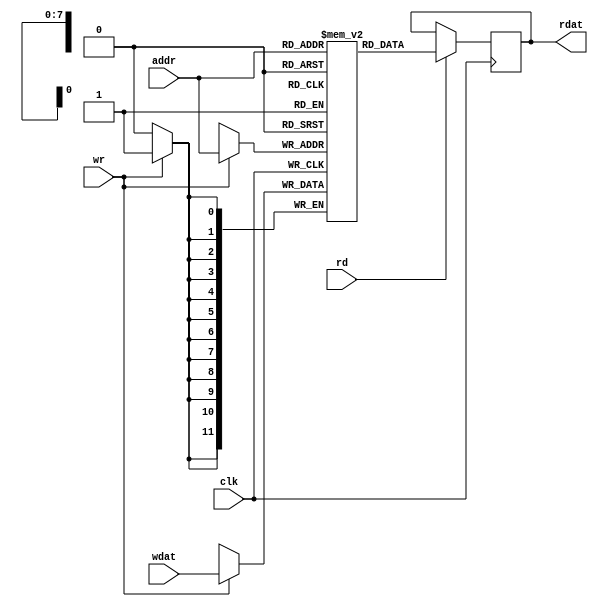
module sramb(/*AUTOARG*/
  // Outputs
  rdat,
  // Inputs
  addr, wdat, rd, wr, clk
  );

  // --------------------------------------------------------------------------
  parameter DBITS = 12;
  parameter DEPTH = 256;

  // --------------------------------------------------------------------------
  localparam ABITS = $clog2(DEPTH);

  // --------------------------------------------------------------------------
  // inputs
  input  [ABITS-1:0]  addr;
  input  [DBITS-1:0]  wdat;
  input               rd;
  input               wr;
  input               clk;

  // outputs
  output [DBITS-1:0] rdat;

`ifndef ALTERA_FPGA

  // --------------------------------------------------------------------------
  reg [DBITS-1:0]    mem [0:DEPTH-1];
  reg [DBITS-1:0]    Q;

  // --------------------------------------------------------------------------
  always @(posedge clk) begin
    if (wr) begin
      mem[addr] <= wdat;
    end
  end

  // --------------------------------------------------------------------------
  always @(posedge clk) begin
    if (rd) begin
      Q <= mem[addr];
    end
  end

  assign rdat = Q;

`else

  altera_sp_rd_ram #(.A_WIDTH  ( ABITS ) ,
                     .D_WIDTH  ( DBITS ) ,
                     .WORD_NUM ( DEPTH ) )
  usram(
    .address ( addr ) ,
    .clock   ( clk  ) ,
    .data    ( wdat ) ,
    .rden    ( rd   ) ,
    .wren    ( wr   ) ,
    .q       ( rdat ) ) ;

`endif
  // --------------------------------------------------------------------------
endmodule // sram